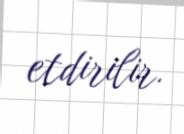
etdirilir.